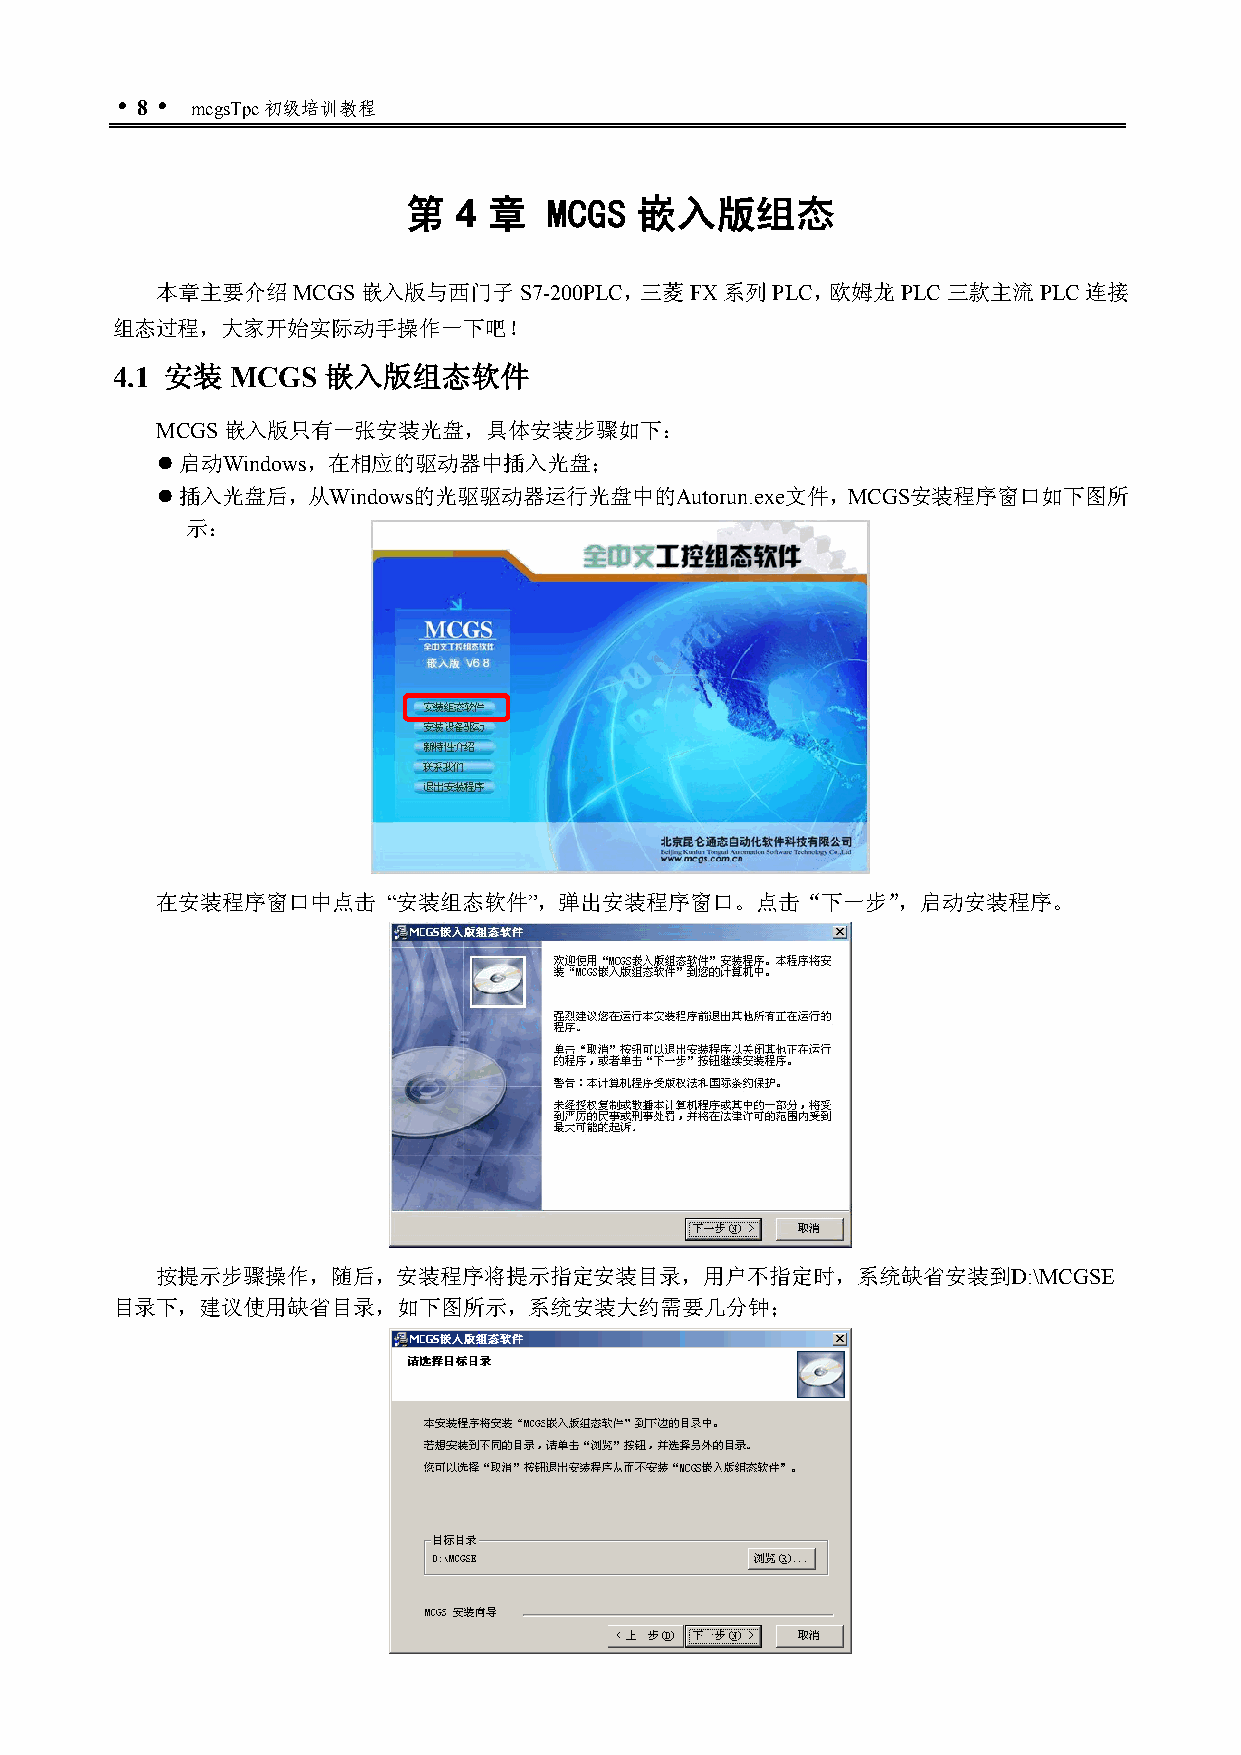
 8  mcgsTpc初级培训教程
 第  4 章   MCGS  嵌入版组态
 本章主要介绍MCGS嵌入版与西门子S7-200PLC，三菱FX系列PLC，欧姆龙PLC三款主流PLC连接
 组态过程，大家开始实际动手操作一下吧！
 4.1 安装  MCGS  嵌入版组态软件
 MCGS嵌入版只有一张安装光盘，具体安装步骤如下：
  启动Windows，在相应的驱动器中插入光盘；
  插入光盘后，从Windows的光驱驱动器运行光盘中的Autorun.exe文件，MCGS安装程序窗口如下图所
 示：
 在安装程序窗口中点击      “安装组态软件”，弹出安装程序窗口。点击“下一步”，启动安装程序。
 按提示步骤操作，随后，安装程序将提示指定安装目录，用户不指定时，系统缺省安装到D:\MCGSE
 目录下，建议使用缺省目录，如下图所示，系统安装大约需要几分钟；